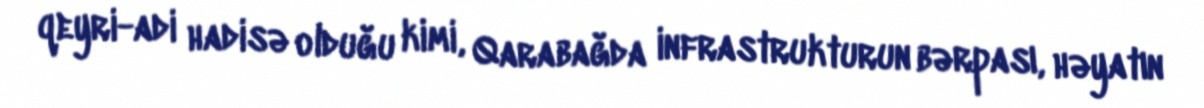
qeyri-adi hadisə olduğu kimi, Qarabağda infrastrukturun bərpası, həyatın